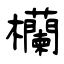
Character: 欗